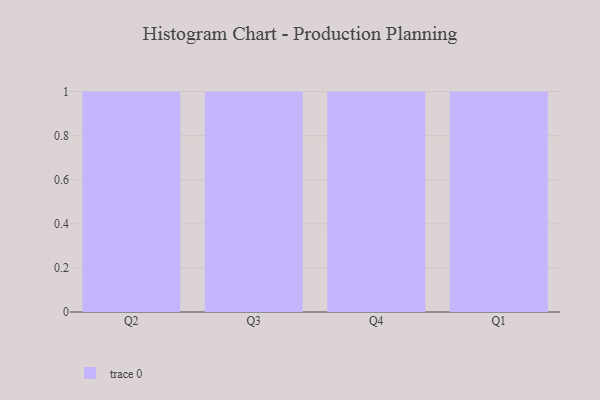
{"axis": {"x": "Quarter", "y": "Conversion Rate (%)"}, "legend": [""], "data": [{"x": "Q2", "y": 8, "type": ""}, {"x": "Q3", "y": 32, "type": ""}, {"x": "Q4", "y": 80, "type": ""}, {"x": "Q1", "y": 80, "type": ""}]}